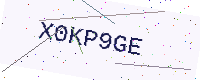
Text: X0KP9GE